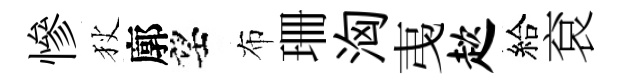
慘狄廓望布珊洶𢎯趑給袞